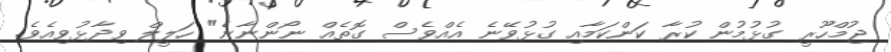
ޖުމްހޫރީ ގުޅުމުން ކުރާ ކަންކަމާއި ގުޅުވޭނެ އެއްވެސް ގޮތެއް ނޯންނާނެ" ހަލީލް ވިދާޅުވިއެވެ.